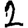
Digit: 2